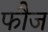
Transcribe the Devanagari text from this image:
फाैज